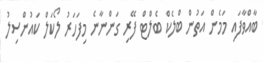
ބާއްވާފަައި މަމެން އަތުން ބްލެކް ބެލްޓް ފޭރި ގަންނާނެ މިފަހަރު ލޯކަލް ކައުންސިލު